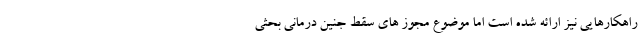
راهکارهایی نیز ارائه شده است اما موضوع مجوز های سقط جنین درمانی بحثی